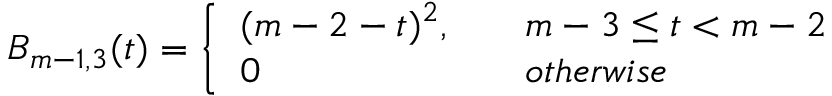
B _ { m - 1 , 3 } ( t ) = \left\{ \begin{array} { l l } { ( m - 2 - t ) ^ { 2 } , \quad } & { m - 3 \leq t < m - 2 } \\ { 0 \quad } & { o t h e r w i s e } \end{array} \right.